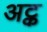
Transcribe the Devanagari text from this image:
अट्क